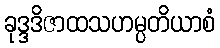
ခုဒ္ဒဒိဇာထသဟမ္ပတိယာစံ